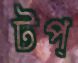
টপ্‌